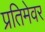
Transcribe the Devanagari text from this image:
प्रतिमेवर